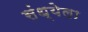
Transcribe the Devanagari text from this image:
संध्येला